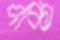
পঞ্চা